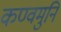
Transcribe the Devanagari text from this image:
कण्वमुनि